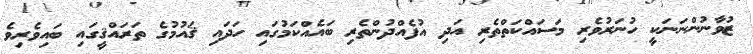
ޒުވާނުންނަނަކީ ހުނަރުވެރި މަސައްކަތްތެރި އަދި އުފެއްދުންތެރި ބައެއްކަމުގައި ހަދައި ޤައުމުގެ ތަރައްޤީގައި ބައިވެރިވެ